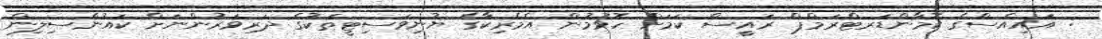
: އައިއެސްގެ ކޮމާންޑަރޓްރަމްޕް ރައީސް ކަމަށް ހޮވުމުން އެމެރިކާގެ ޔުނިވަސިޓީތަކުގެ ދަރިވަރުންނަށް ކައުންސިލިން